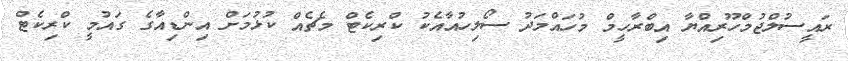
ރައީސުލްޖުމްހޫރިއްޔާ އިބްރާހީމް މުހައްމަދު ސޯލިހުއާއެކު ކްރިކެޓް މެޗެއް ކުޅުމަށް އިންޑިއާގެ ގައުމީ ކްރިކެޓް